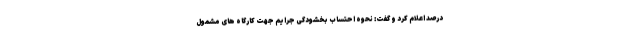
درصد اعلام کرد و گفت: نحوه احتساب بخشودگی جرایم جهت کارگاه های مشمول